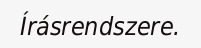
Írásrendszere.